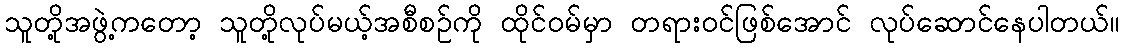
သူတို့အဖွဲ့ကတော့ သူတို့လုပ်မယ့်အစီစဉ်ကို ထိုင်ဝမ်မှာ တရားဝင်ဖြစ်အောင် လုပ်ဆောင်နေပါတယ်။